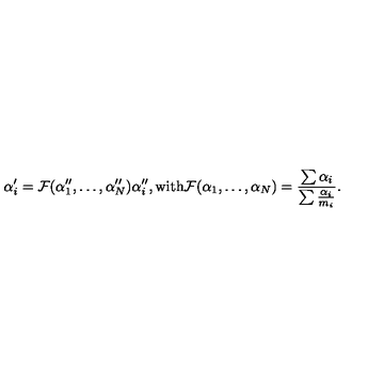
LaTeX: \alpha _ { i } ^ { \prime } = { \cal { F } } ( \alpha _ { 1 } ^ { \prime \prime } , \ldots , \alpha _ { N } ^ { \prime \prime } ) \alpha _ { i } ^ { \prime \prime } , \mathrm { w i t h } { \cal { F } } ( \alpha _ { 1 } , \ldots , \alpha _ { N } ) = \frac { \sum \alpha _ { i } } { \sum \frac { \alpha _ { i } } { m _ { i } } } .